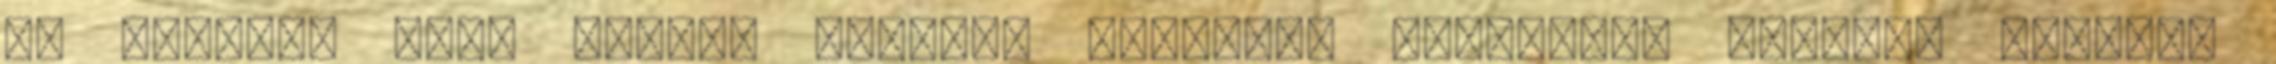
az orvosok arra ritkán lelnek. Elviszik párnádat, földed, marhád,